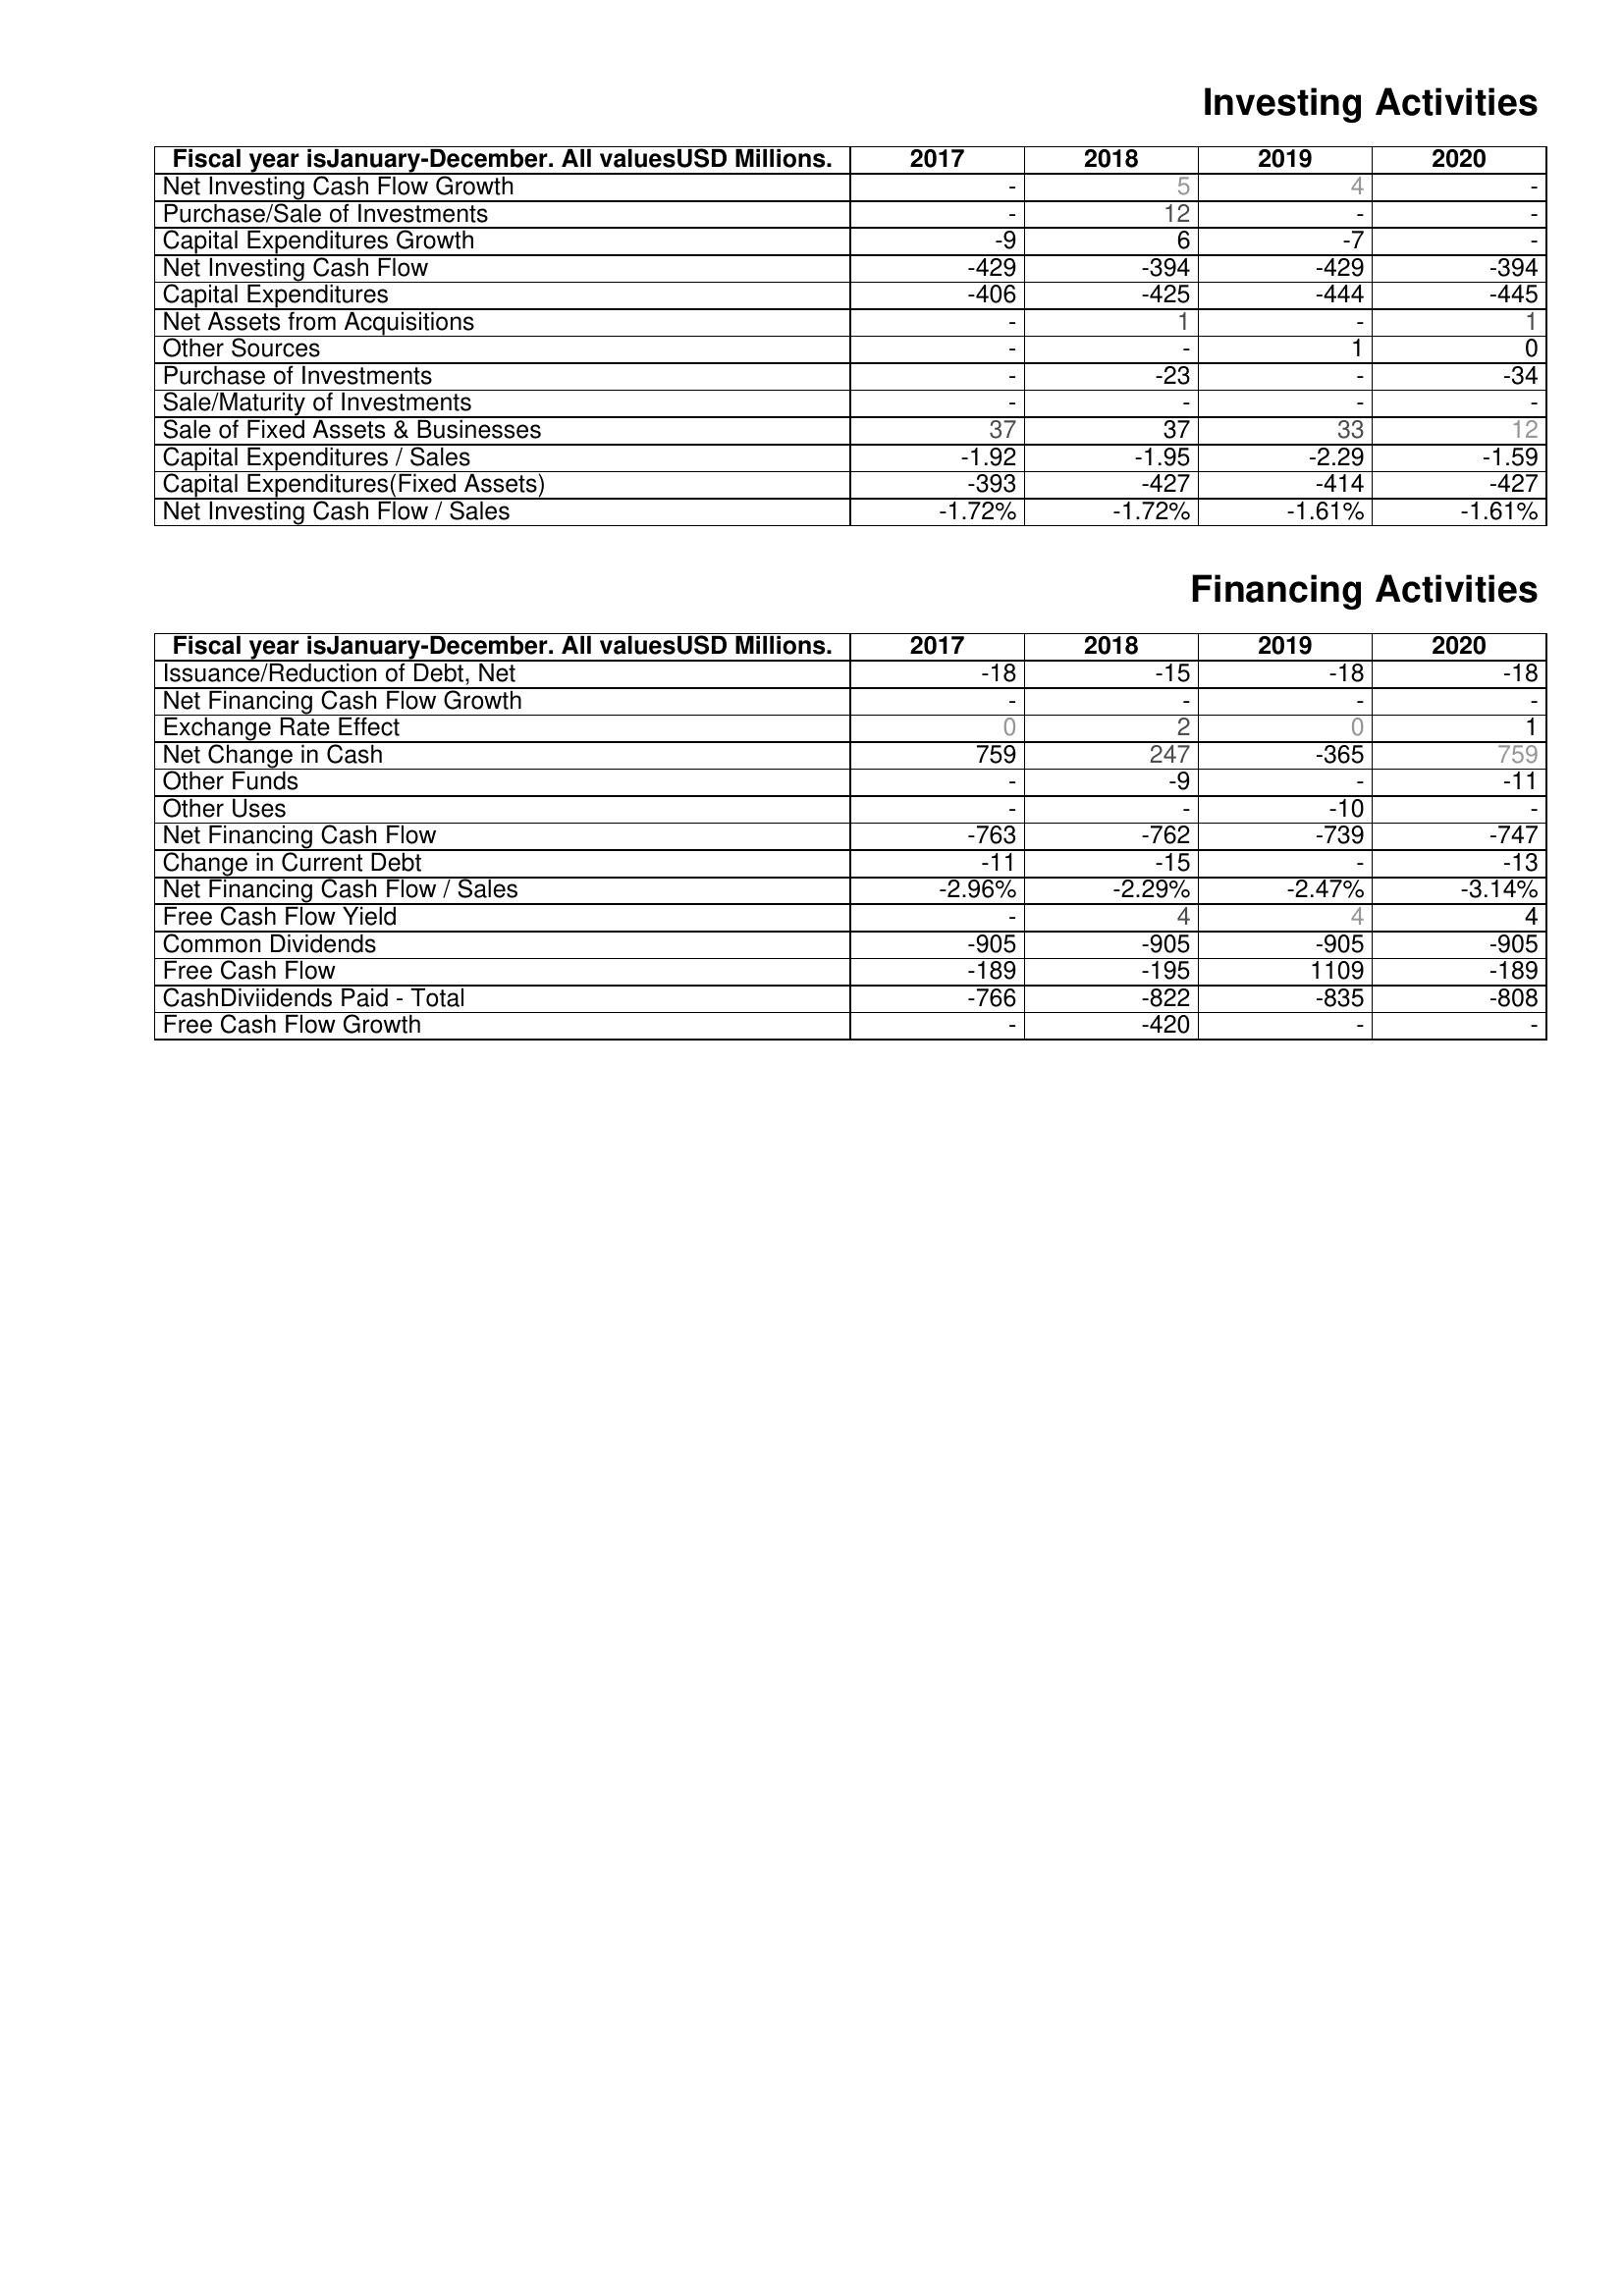
2017: Investing Activities: Net Investing Cash Flow Growth: -
Purchase/Sale of Investments: -
Capital Expenditures Growth: -9
Net Investing Cash Flow: -429
Capital Expenditures: -406
Net Assets from Acquisitions: -
Other Sources: -
Purchase of Investments: -
Sale/Maturity of Investments: -
Sale of Fixed Assets & Businesses: 37
Capital Expenditures / Sales: -1.92
Capital Expenditures(Fixed Assets): -393
Net Investing Cash Flow / Sales: -1.72%
Financing Activities: Issuance/Reduction of Debt, Net: -18
Net Financing Cash Flow Growth: -
Exchange Rate Effect: 0
Net Change in Cash: 759
Other Funds: -
Other Uses: -
Net Financing Cash Flow: -763
Change in Current Debt: -11
Net Financing Cash Flow / Sales: -2.96%
Free Cash Flow Yield: -
Common Dividends: -905
Free Cash Flow: -189
CashDiviidends Paid - Total: -766
Free Cash Flow Growth: -
2018: Investing Activities: Net Investing Cash Flow Growth: 5
Purchase/Sale of Investments: 12
Capital Expenditures Growth: 6
Net Investing Cash Flow: -394
Capital Expenditures: -425
Net Assets from Acquisitions: 1
Other Sources: -
Purchase of Investments: -23
Sale/Maturity of Investments: -
Sale of Fixed Assets & Businesses: 37
Capital Expenditures / Sales: -1.95
Capital Expenditures(Fixed Assets): -427
Net Investing Cash Flow / Sales: -1.72%
Financing Activities: Issuance/Reduction of Debt, Net: -15
Net Financing Cash Flow Growth: -
Exchange Rate Effect: 2
Net Change in Cash: 247
Other Funds: -9
Other Uses: -
Net Financing Cash Flow: -762
Change in Current Debt: -15
Net Financing Cash Flow / Sales: -2.29%
Free Cash Flow Yield: 4
Common Dividends: -905
Free Cash Flow: -195
CashDiviidends Paid - Total: -822
Free Cash Flow Growth: -420
2019: Investing Activities: Net Investing Cash Flow Growth: 4
Purchase/Sale of Investments: -
Capital Expenditures Growth: -7
Net Investing Cash Flow: -429
Capital Expenditures: -444
Net Assets from Acquisitions: -
Other Sources: 1
Purchase of Investments: -
Sale/Maturity of Investments: -
Sale of Fixed Assets & Businesses: 33
Capital Expenditures / Sales: -2.29
Capital Expenditures(Fixed Assets): -414
Net Investing Cash Flow / Sales: -1.61%
Financing Activities: Issuance/Reduction of Debt, Net: -18
Net Financing Cash Flow Growth: -
Exchange Rate Effect: 0
Net Change in Cash: -365
Other Funds: -
Other Uses: -10
Net Financing Cash Flow: -739
Change in Current Debt: -
Net Financing Cash Flow / Sales: -2.47%
Free Cash Flow Yield: 4
Common Dividends: -905
Free Cash Flow: 1109
CashDiviidends Paid - Total: -835
Free Cash Flow Growth: -
2020: Investing Activities: Net Investing Cash Flow Growth: -
Purchase/Sale of Investments: -
Capital Expenditures Growth: -
Net Investing Cash Flow: -394
Capital Expenditures: -445
Net Assets from Acquisitions: 1
Other Sources: 0
Purchase of Investments: -34
Sale/Maturity of Investments: -
Sale of Fixed Assets & Businesses: 12
Capital Expenditures / Sales: -1.59
Capital Expenditures(Fixed Assets): -427
Net Investing Cash Flow / Sales: -1.61%
Financing Activities: Issuance/Reduction of Debt, Net: -18
Net Financing Cash Flow Growth: -
Exchange Rate Effect: 1
Net Change in Cash: 759
Other Funds: -11
Other Uses: -
Net Financing Cash Flow: -747
Change in Current Debt: -13
Net Financing Cash Flow / Sales: -3.14%
Free Cash Flow Yield: 4
Common Dividends: -905
Free Cash Flow: -189
CashDiviidends Paid - Total: -808
Free Cash Flow Growth: -